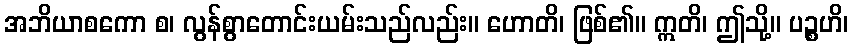
အဘိယာစကော စ၊ လွန်စွာတောင်းယမ်းသည်လည်း။ ဟောတိ၊ ဖြစ်၏။ ဣတိ၊ ဤသို့။ ပဉ္စဟိ၊